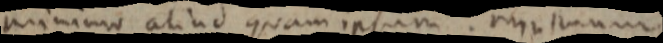
unicum aliud quam ipsum. minimum